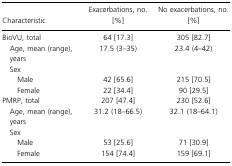
| Characteristic | Exacerbations, no. [%] | No exacerbations, no. [%] |
 | --- | --- | --- |
 | BioVU, total | 64 [17.3] | 305 [82.7] |
 | Age, mean (range), years | 17.5 (3–35) | 23.4 (4–42) |
 | Sex |  |  |
 | Male | 42 [65.6] | 215 [70.5] |
 | Female | 22 [34.4] | 90 [29.5] |
 | PMRP, total | 207 [47.4] | 230 [52.6] |
 | Age, mean (range), years | 31.2 (18–66.5) | 32.1 (18–64.1) |
 | Sex |  |  |
 | Male | 53 [25.6] | 71 [30.9] |
 | Female | 154 [74.4] | 159 [69.1] |